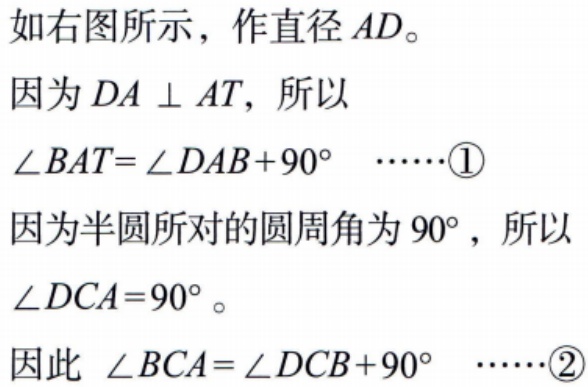
如右图所示，作直径 \(AD\)。
因为 \(DA\perp AT\)，所以
\(\angle BAT = \angle DAB + 90^{\circ}\)  \(\cdots\cdots\)\textcircled{1}
因为半圆所对的圆周角为 \(90^{\circ}\)，所以
\(\angle DCA = 90^{\circ}\)。
因此 \(\angle BCA=\angle DCB + 90^{\circ}\)  \(\cdots\cdots\)\textcircled{2}